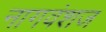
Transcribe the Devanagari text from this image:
नागवंशज